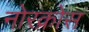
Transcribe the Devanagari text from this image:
नोरक्रोस